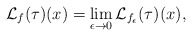
\begin{align*}\mathcal{L}_f(\tau)(x)=\lim\limits_{\epsilon\to0}\mathcal{L}_{f_{\epsilon}}(\tau)(x),\end{align*}